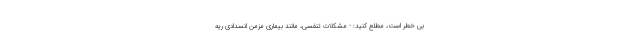
بی خطر است، مطلع کنید: - مشکلات تنفسی، مانند بیماری مزمن انسدادی ریه